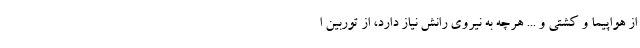
از هواپیما و کشتی و ... هرچه به نیروی رانش نیاز دارد، از توربین ا